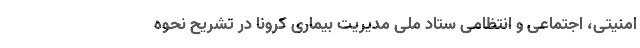
امنیتی، اجتماعی و انتظامی ستاد ملی مدیریت بیماری کرونا در تشریح نحوه